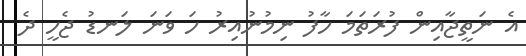
އެ ނަތީޖާއިން ފުރަތަމަ ހާފު ނިމުނުއިރު ހަ ވަނަ ލަނޑު ޖެހީ ދެ